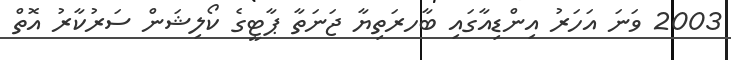
2003 ވަނަ އަހަރު އިންޑިއާގައި ބާހރަތިޔާ ޖަނަތާ ޕާޓީގެ ކޯލިޝަން ސަރުކާރު އޮތް